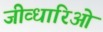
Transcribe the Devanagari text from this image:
जीव्धारिओं